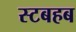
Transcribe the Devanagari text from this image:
स्टबहब